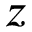
z